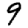
Digit: 9